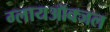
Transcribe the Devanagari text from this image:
ग्लायऑक्जल